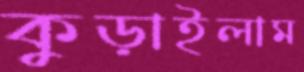
কুড়াইলাম